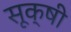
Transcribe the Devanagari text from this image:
सूक्षी